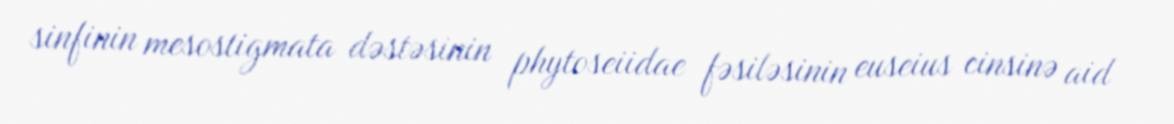
sinfinin mesostigmata dəstəsinin phytoseiidae fəsiləsinin euseius cinsinə aid